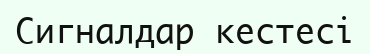
Сигналдар кестесі